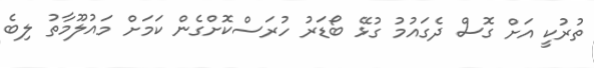
ތުރުކީ އަށް ގޮސް ދެގައުމު ގުޅޭ ބޯޑަރު ހުރަސްކޮށްގެން ކަމަށް މައުލޫމާތު ލިބެ